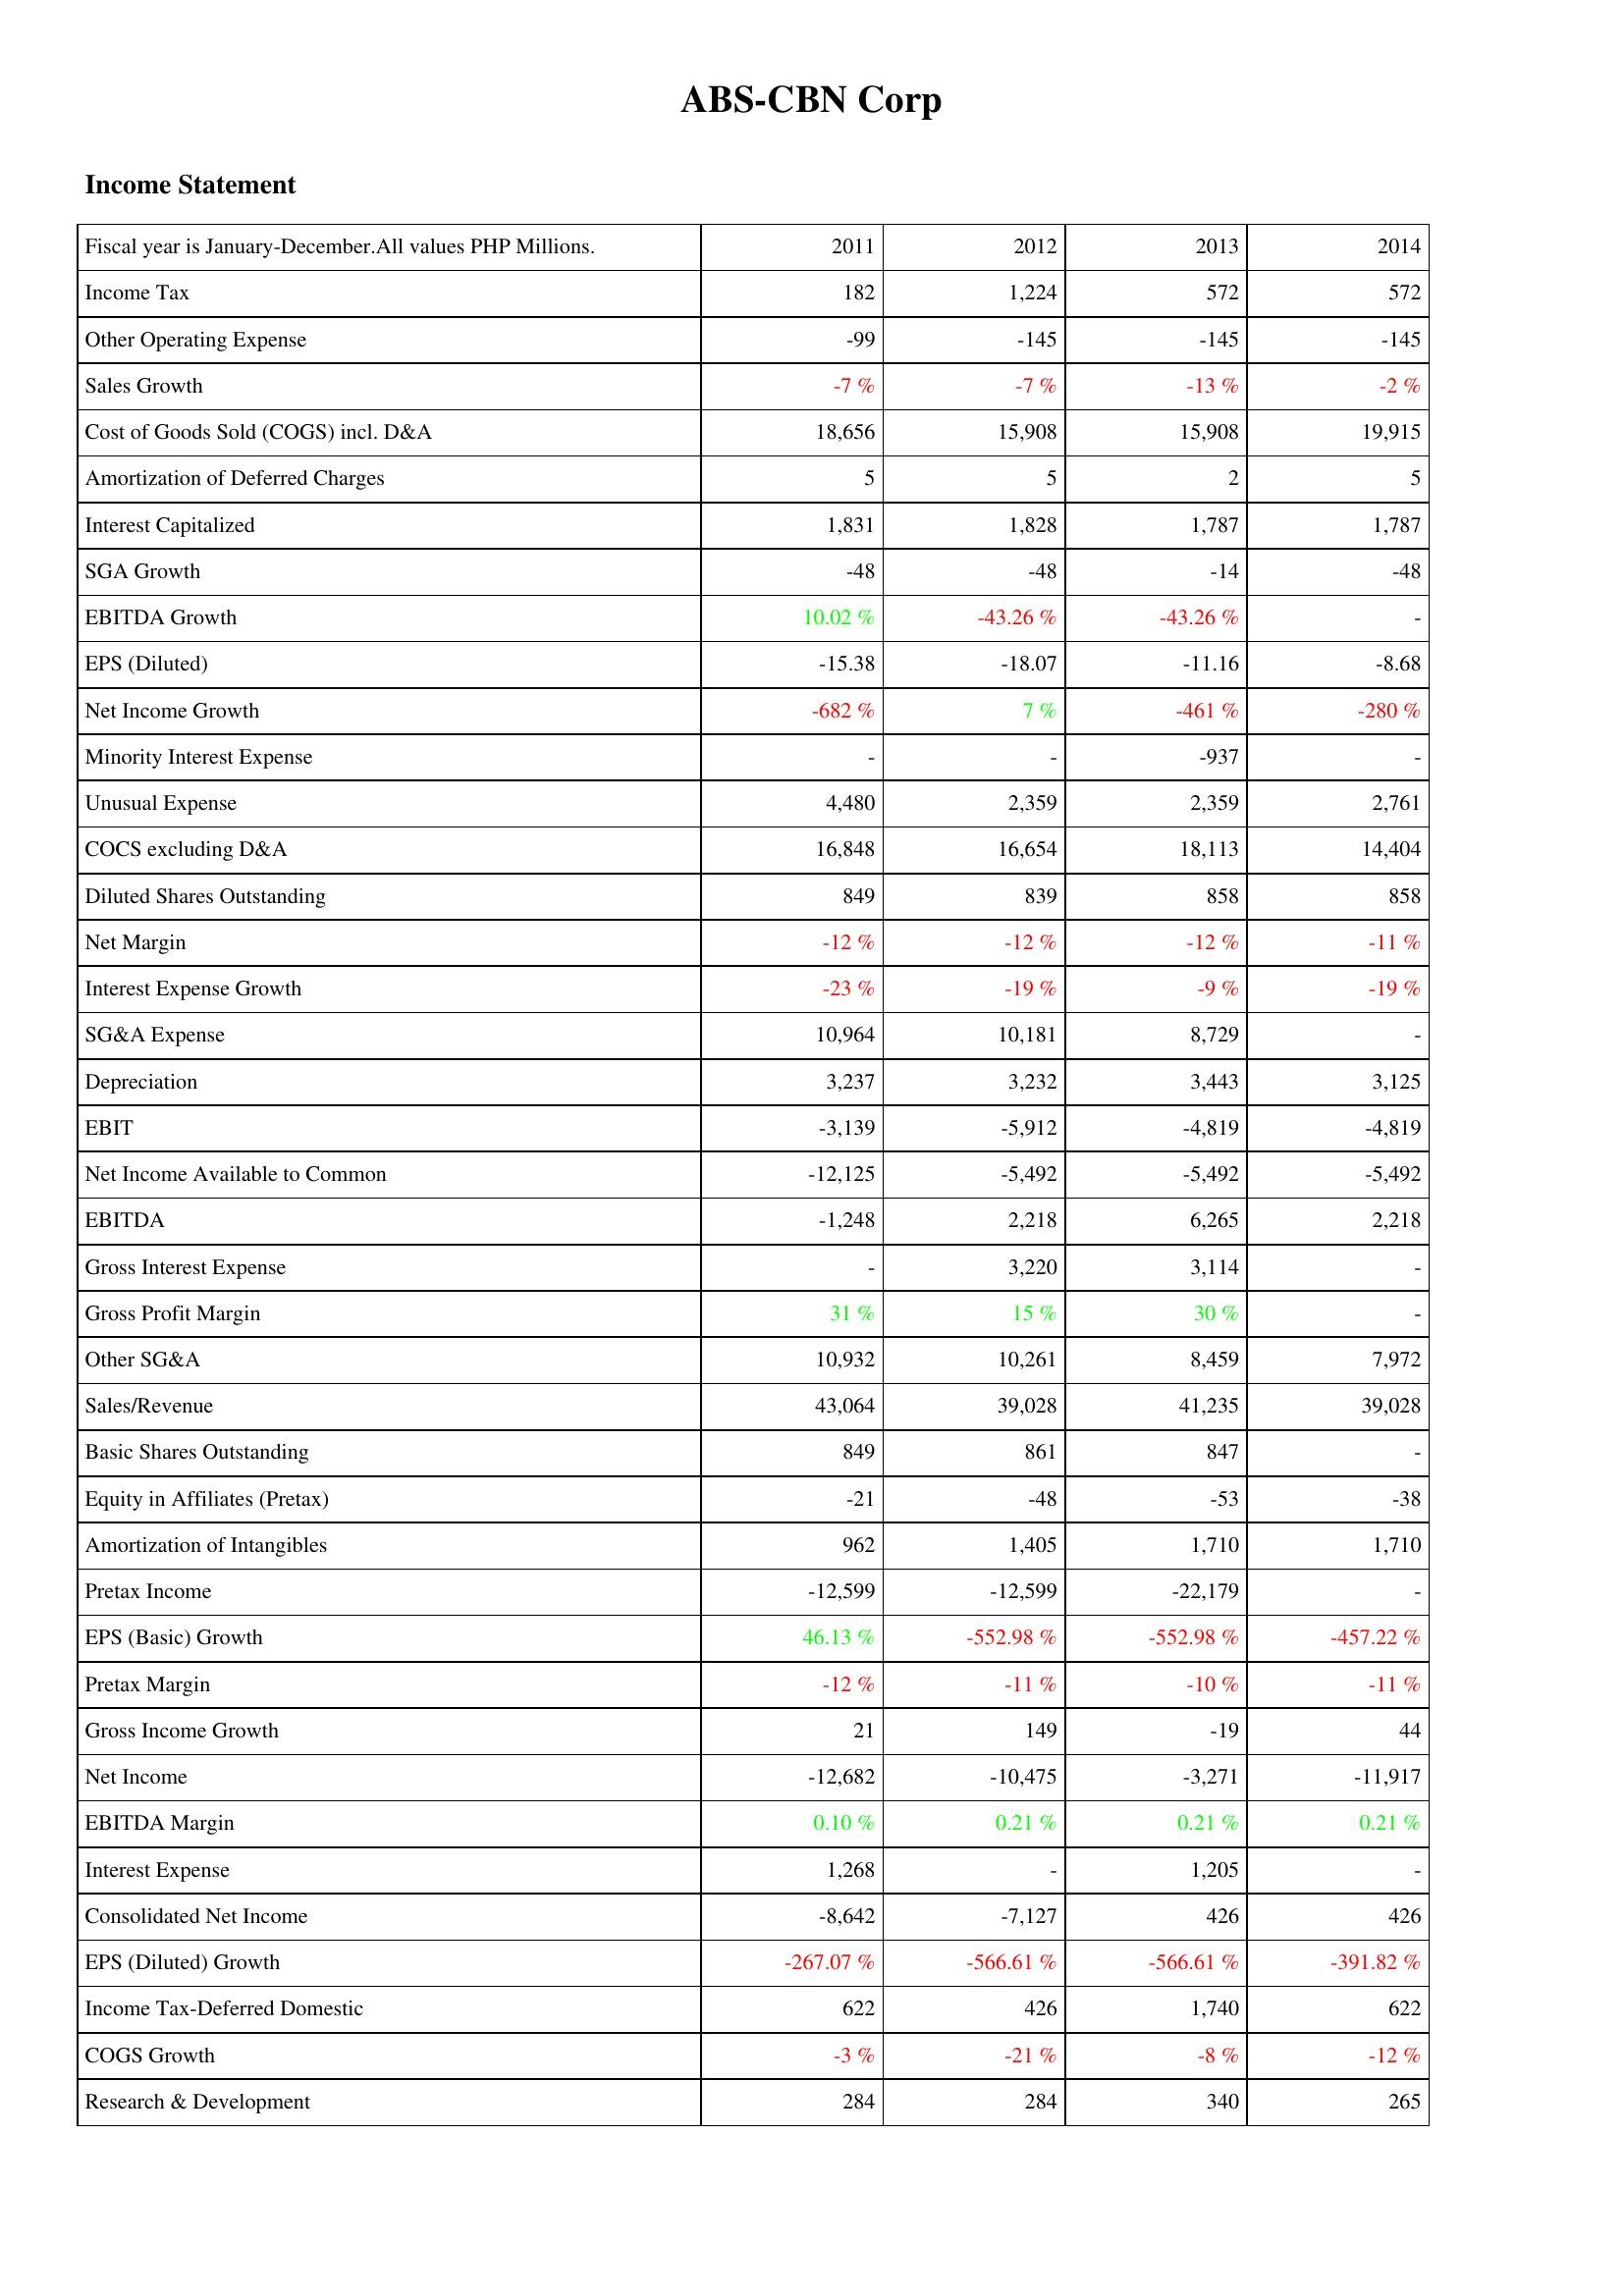
2011: Income Statement: Income Tax: 182
Other Operating Expense: -99
Sales Growth: -7 %
Cost of Goods Sold (COGS) incl. D&A: 18,656
Amortization of Deferred Charges: 5
Interest Capitalized: 1,831
SGA Growth: -48
EBITDA Growth: 10.02 %
EPS (Diluted): -15.38
Net Income Growth: -682 %
Minority Interest Expense: -
Unusual Expense: 4,480
COCS excluding D&A: 16,848
Diluted Shares Outstanding: 849
Net Margin: -12 %
Interest Expense Growth: -23 %
SG&A Expense: 10,964
Depreciation: 3,237
EBIT: -3,139
Net Income Available to Common: -12,125
EBITDA: -1,248
Gross Interest Expense: -
Gross Profit Margin: 31 %
Other SG&A: 10,932
Sales/Revenue: 43,064
Basic Shares Outstanding: 849
Equity in Affiliates (Pretax): -21
Amortization of Intangibles: 962
Pretax Income: -12,599
EPS (Basic) Growth: 46.13 %
Pretax Margin: -12 %
Gross Income Growth: 21
Net Income: -12,682
EBITDA Margin: 0.10 %
Interest Expense: 1,268
Consolidated Net Income: -8,642
EPS (Diluted) Growth: -267.07 %
Income Tax-Deferred Domestic: 622
COGS Growth: -3 %
Research & Development: 284
2012: Income Statement: Income Tax: 1,224
Other Operating Expense: -145
Sales Growth: -7 %
Cost of Goods Sold (COGS) incl. D&A: 15,908
Amortization of Deferred Charges: 5
Interest Capitalized: 1,828
SGA Growth: -48
EBITDA Growth: -43.26 %
EPS (Diluted): -18.07
Net Income Growth: 7 %
Minority Interest Expense: -
Unusual Expense: 2,359
COCS excluding D&A: 16,654
Diluted Shares Outstanding: 839
Net Margin: -12 %
Interest Expense Growth: -19 %
SG&A Expense: 10,181
Depreciation: 3,232
EBIT: -5,912
Net Income Available to Common: -5,492
EBITDA: 2,218
Gross Interest Expense: 3,220
Gross Profit Margin: 15 %
Other SG&A: 10,261
Sales/Revenue: 39,028
Basic Shares Outstanding: 861
Equity in Affiliates (Pretax): -48
Amortization of Intangibles: 1,405
Pretax Income: -12,599
EPS (Basic) Growth: -552.98 %
Pretax Margin: -11 %
Gross Income Growth: 149
Net Income: -10,475
EBITDA Margin: 0.21 %
Interest Expense: -
Consolidated Net Income: -7,127
EPS (Diluted) Growth: -566.61 %
Income Tax-Deferred Domestic: 426
COGS Growth: -21 %
Research & Development: 284
2013: Income Statement: Income Tax: 572
Other Operating Expense: -145
Sales Growth: -13 %
Cost of Goods Sold (COGS) incl. D&A: 15,908
Amortization of Deferred Charges: 2
Interest Capitalized: 1,787
SGA Growth: -14
EBITDA Growth: -43.26 %
EPS (Diluted): -11.16
Net Income Growth: -461 %
Minority Interest Expense: -937
Unusual Expense: 2,359
COCS excluding D&A: 18,113
Diluted Shares Outstanding: 858
Net Margin: -12 %
Interest Expense Growth: -9 %
SG&A Expense: 8,729
Depreciation: 3,443
EBIT: -4,819
Net Income Available to Common: -5,492
EBITDA: 6,265
Gross Interest Expense: 3,114
Gross Profit Margin: 30 %
Other SG&A: 8,459
Sales/Revenue: 41,235
Basic Shares Outstanding: 847
Equity in Affiliates (Pretax): -53
Amortization of Intangibles: 1,710
Pretax Income: -22,179
EPS (Basic) Growth: -552.98 %
Pretax Margin: -10 %
Gross Income Growth: -19
Net Income: -3,271
EBITDA Margin: 0.21 %
Interest Expense: 1,205
Consolidated Net Income: 426
EPS (Diluted) Growth: -566.61 %
Income Tax-Deferred Domestic: 1,740
COGS Growth: -8 %
Research & Development: 340
2014: Income Statement: Income Tax: 572
Other Operating Expense: -145
Sales Growth: -2 %
Cost of Goods Sold (COGS) incl. D&A: 19,915
Amortization of Deferred Charges: 5
Interest Capitalized: 1,787
SGA Growth: -48
EBITDA Growth: -
EPS (Diluted): -8.68
Net Income Growth: -280 %
Minority Interest Expense: -
Unusual Expense: 2,761
COCS excluding D&A: 14,404
Diluted Shares Outstanding: 858
Net Margin: -11 %
Interest Expense Growth: -19 %
SG&A Expense: -
Depreciation: 3,125
EBIT: -4,819
Net Income Available to Common: -5,492
EBITDA: 2,218
Gross Interest Expense: -
Gross Profit Margin: -
Other SG&A: 7,972
Sales/Revenue: 39,028
Basic Shares Outstanding: -
Equity in Affiliates (Pretax): -38
Amortization of Intangibles: 1,710
Pretax Income: -
EPS (Basic) Growth: -457.22 %
Pretax Margin: -11 %
Gross Income Growth: 44
Net Income: -11,917
EBITDA Margin: 0.21 %
Interest Expense: -
Consolidated Net Income: 426
EPS (Diluted) Growth: -391.82 %
Income Tax-Deferred Domestic: 622
COGS Growth: -12 %
Research & Development: 265